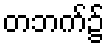
တဘက်၌